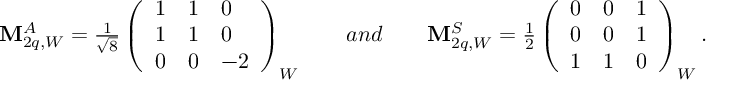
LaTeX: \begin{array} { c } { { { \bf M } _ { 2 q , W } ^ { A } = \frac { 1 } { \sqrt 8 } \left( \begin{array} { l l l } { { 1 } } & { { 1 } } & { { 0 } } \\ { { 1 } } & { { 1 } } & { { 0 } } \\ { { 0 } } & { { 0 } } & { { - 2 } } \end{array} \right) _ { W } \quad \quad a n d \quad \quad { \bf M } _ { 2 q , W } ^ { S } = \frac { 1 } { 2 } \left( \begin{array} { l l l } { { 0 } } & { { 0 } } & { { 1 } } \\ { { 0 } } & { { 0 } } & { { 1 } } \\ { { 1 } } & { { 1 } } & { { 0 } } \end{array} \right) _ { W } . } } \end{array}